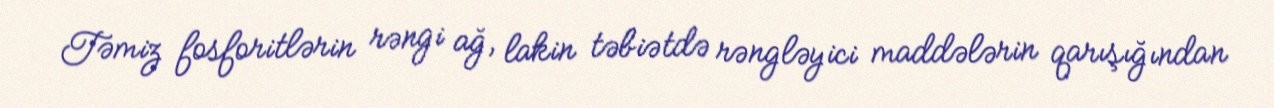
Təmiz fosforitlərin rəngi ağ, lakin təbiətdə rəngləyici maddələrin qarışığından